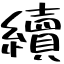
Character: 續